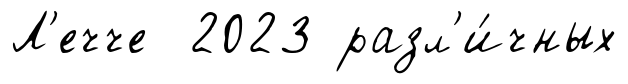
Л'ечче 2023 разл'и́чных